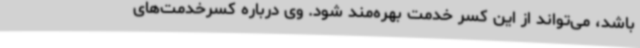
باشد، می‌تواند از این کسر خدمت بهره‌مند شود. وی درباره کسرخدمت‌های